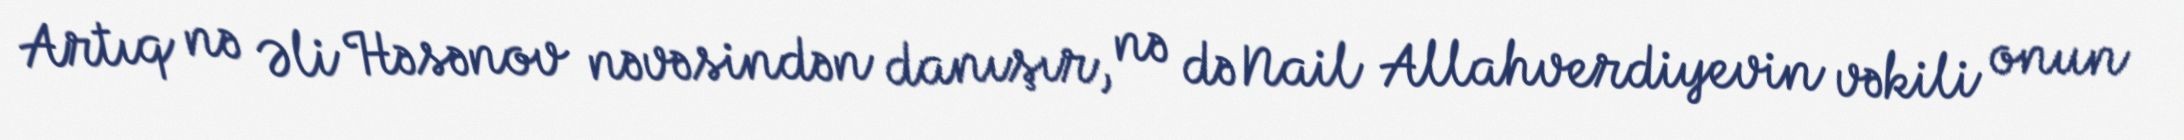
Artıq nə Əli Həsənov nəvəsindən danışır, nə də Nail Allahverdiyevin vəkili onun